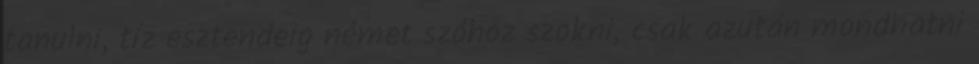
tanulni, tíz esztendeig német szóhoz szokni, csak azután mondhatni